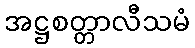
အဋ္ဌစတ္တာလီသမံ